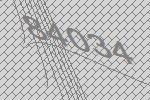
84034